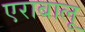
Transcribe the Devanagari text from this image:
एराबालू